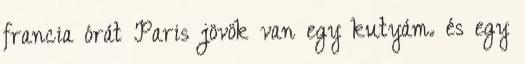
francia órát Paris jövök van egy kutyám. és egy